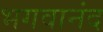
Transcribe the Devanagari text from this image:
भगवानंद